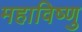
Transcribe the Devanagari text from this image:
महाविष्‍णु